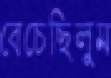
বেচেছিলুম